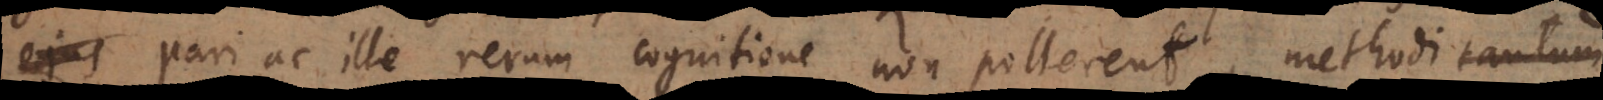
pari ac ille rerum cognitione non pollerent, methodi tantum